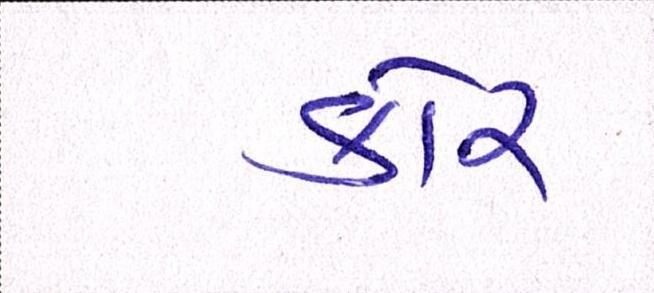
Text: કોર